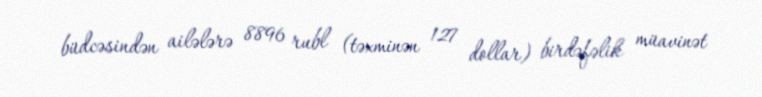
büdcəsindən ailələrə 8896 rubl (təxminən 127 dollar) birdəfəlik müavinət